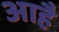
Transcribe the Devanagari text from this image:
आहै